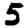
Digit: 5